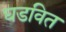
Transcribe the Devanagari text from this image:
घडवित